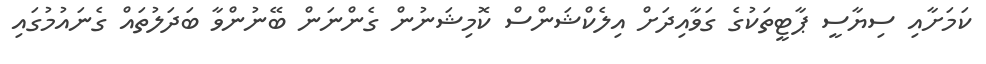
ކަމަށާއި ސިޔާސީ ޕާޓީތަކުގެ ގަވާއިދަށް އިލެކްޝަންސް ކޮމިޝަނުން ގެންނަން ބޭނުންވާ ބަދަލުތައް ގެނައުމުގައި